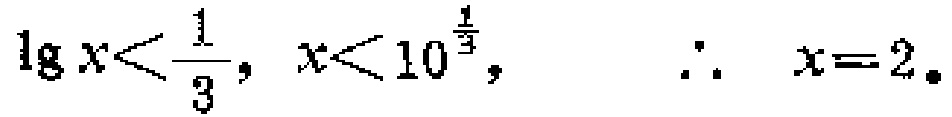
\(\lg x<\frac{1}{3},\ x<10^{\frac{1}{3}},\ \ \therefore\ x = 2\)